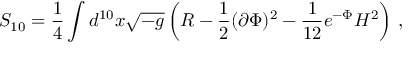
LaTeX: S _ { 1 0 } = \frac { 1 } { 4 } \int d ^ { 1 0 } x \sqrt { - g } \left( R - \frac { 1 } { 2 } ( \partial \Phi ) ^ { 2 } - \frac { 1 } { 1 2 } e ^ { - \Phi } H ^ { 2 } \right) \, ,